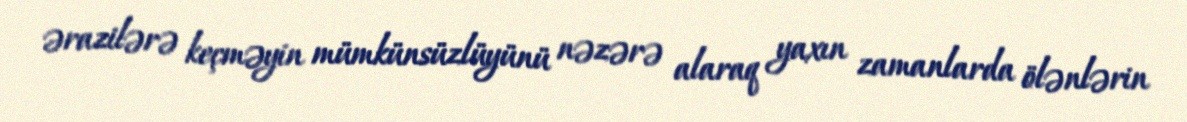
ərazilərə keçməyin mümkünsüzlüyünü nəzərə alaraq yaxın zamanlarda ölənlərin